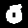
Label: 0